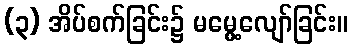
(၃) အိပ်စက်ခြင်း၌ မမွေ့လျော်ခြင်း။